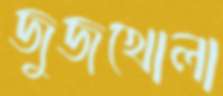
জুজখোলা